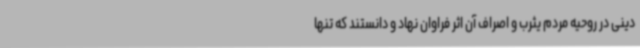
دینی در روحیه مردم یثرب و اصراف آن اثر فراوان نهاد و دانستند که تنها